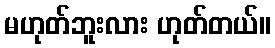
မဟုတ်ဘူးလား ဟုတ်တယ်။